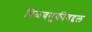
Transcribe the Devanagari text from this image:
पिळवणुकीबद्दल